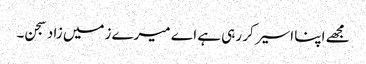
مجھے اپنا اسیر کر رہی ہے اے میرے زمیں زاد سجن۔